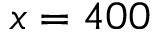
x = 4 0 0